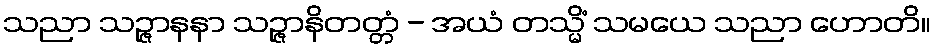
သညာ သဉ္ဇာနနာ သဉ္ဇာနိတတ္တံ - အယံ တသ္မိံ သမယေ သညာ ဟောတိ။